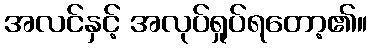
အလင်နှင့် အလုပ်ရှုပ်ရတော့၏။